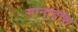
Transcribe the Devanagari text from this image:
नानादेशि